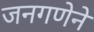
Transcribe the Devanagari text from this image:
जनगणेने